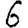
Digit: 6